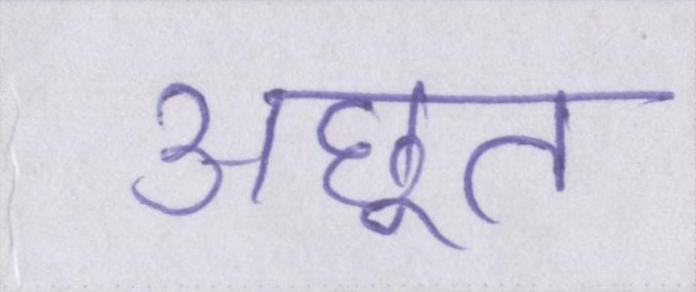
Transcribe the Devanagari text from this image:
अछूत